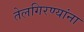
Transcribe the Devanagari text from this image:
तेलगिरण्यांना